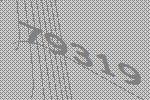
79319